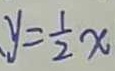
y = \frac { 1 } { 2 } x